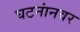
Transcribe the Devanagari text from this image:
घटनांनवर